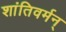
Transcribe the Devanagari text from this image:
शांतिवर्मन्